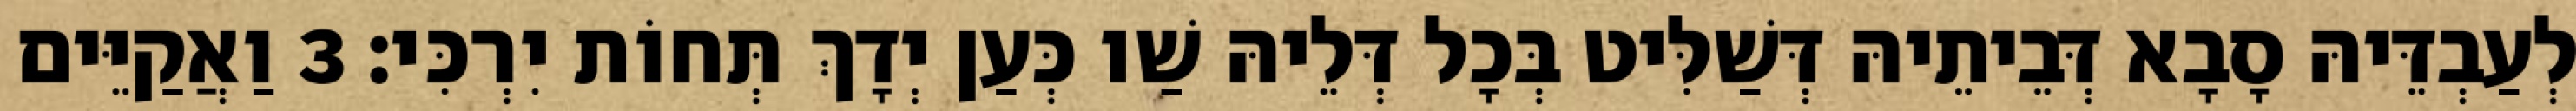
לְעַבְדֵּיהּ סָבָא דְּבֵיתֵיהּ דְּשַׁלִּיט בְּכָל דְּלֵיהּ שַׁו כְּעַן יְדָךְ תְּחוֹת יִרְכִּי׃ 3 וַאֲקַיֵּים